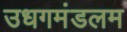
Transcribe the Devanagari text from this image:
उधगमंडलम